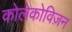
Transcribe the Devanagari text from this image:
कोलेकोविज़न